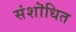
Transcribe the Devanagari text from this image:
संशॊधित